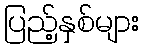
ပြည့်နှစ်များ